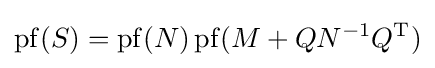
\operatorname {pf} (S)=\operatorname {pf} (N)\operatorname {pf} (M+QN^{-1}Q^{\mathrm {T} })